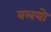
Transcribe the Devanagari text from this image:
वलयो